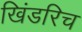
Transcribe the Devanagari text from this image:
खिंडरिच